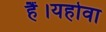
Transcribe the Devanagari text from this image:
हैं।यहोवा